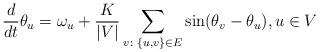
LaTeX: \begin{align*}\frac{d}{dt}\theta_u=\omega_u+\frac{K}{|V|}\sum_{v\colon \{u,v\}\in E}\sin(\theta_v-\theta_u), u\in V\end{align*}